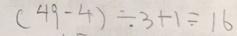
( 4 9 - 4 ) \div 3 + 1 = 1 6